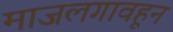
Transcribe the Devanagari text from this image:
माजलगावहून